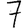
Digit: 7